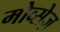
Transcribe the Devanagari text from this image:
मोव्सेज़